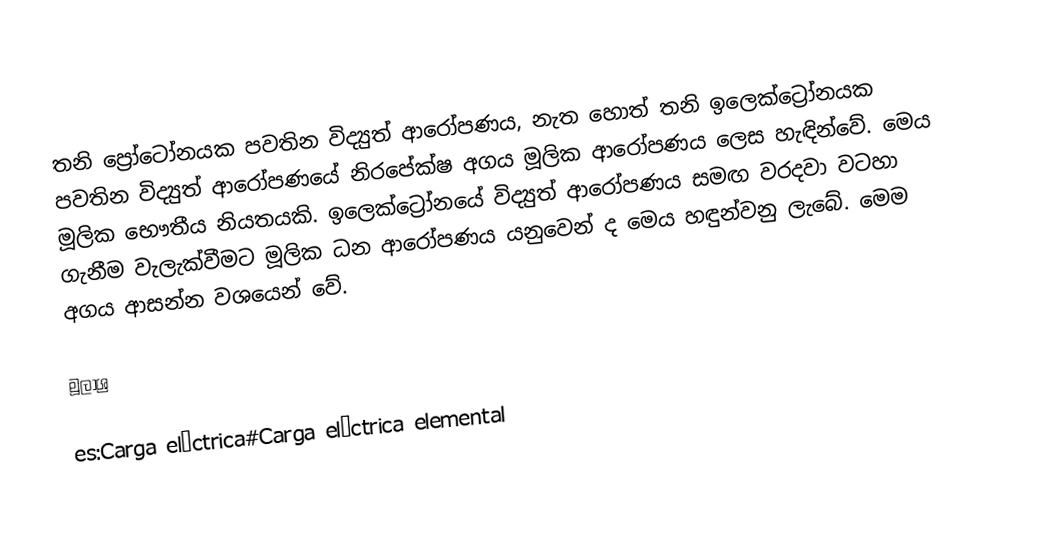
තනි ප්‍රෝටෝනයක පවතින විද්‍යුත් ආරෝපණය, නැත හොත් තනි ඉලෙක්ට්‍රෝනයක පවතින විද්‍යුත් ආරෝපණයේ නිරපේක්ෂ අගය මූලික ආරෝපණය ලෙස හැඳින්වේ. මෙය මූලික භෞතීය නියතයකි. ඉලෙක්ට්‍රෝනයේ විද්‍යුත් ආරෝපණය සමඟ වරදවා වටහා ගැනීම වැලැක්වීමට මූලික ධන ආරෝපණය යනුවෙන් ද මෙය හඳුන්වනු ලැබේ. මෙම අගය ආසන්න වශයෙන්  වේ.

මූලාශ්‍ර

es:Carga eléctrica#Carga eléctrica elemental